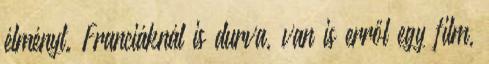
élményt. Franciáknál is durva, van is erről egy film,